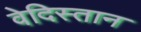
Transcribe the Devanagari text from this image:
वेदिस्तान